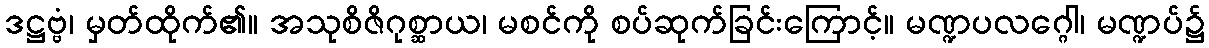
ဒဋ္ဌဗ္ဗံ၊ မှတ်ထိုက်၏။ အသုစိဇိဂုစ္ဆာယ၊ မစင်ကို စပ်ဆုက်ခြင်းကြောင့်။ မဏ္ဍပလဂ္ဂေါ၊ မဏ္ဍပ်၌